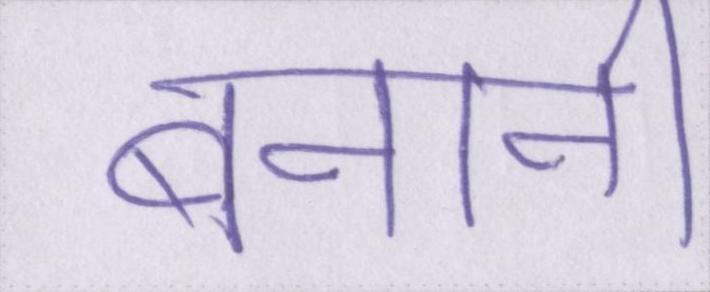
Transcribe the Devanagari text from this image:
बनानी